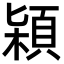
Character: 㯋